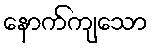
နောက်ကျသော